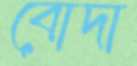
বোদা